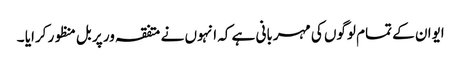
ایوان کے تمام لوگوں کی مہربانی ہے کہ انہوں نے متفقہ ور پر بل منظور کرایا ۔